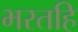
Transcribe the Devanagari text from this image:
भरतहि